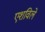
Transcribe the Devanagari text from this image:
एशविले